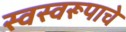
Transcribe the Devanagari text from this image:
स्वस्वरूपाचे